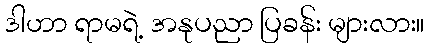
ဒါဟာ ရာမရဲ့ အနုပညာ ပြခန်း များလား။